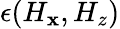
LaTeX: \epsilon(H_{\mathbf{x}},H_{z})